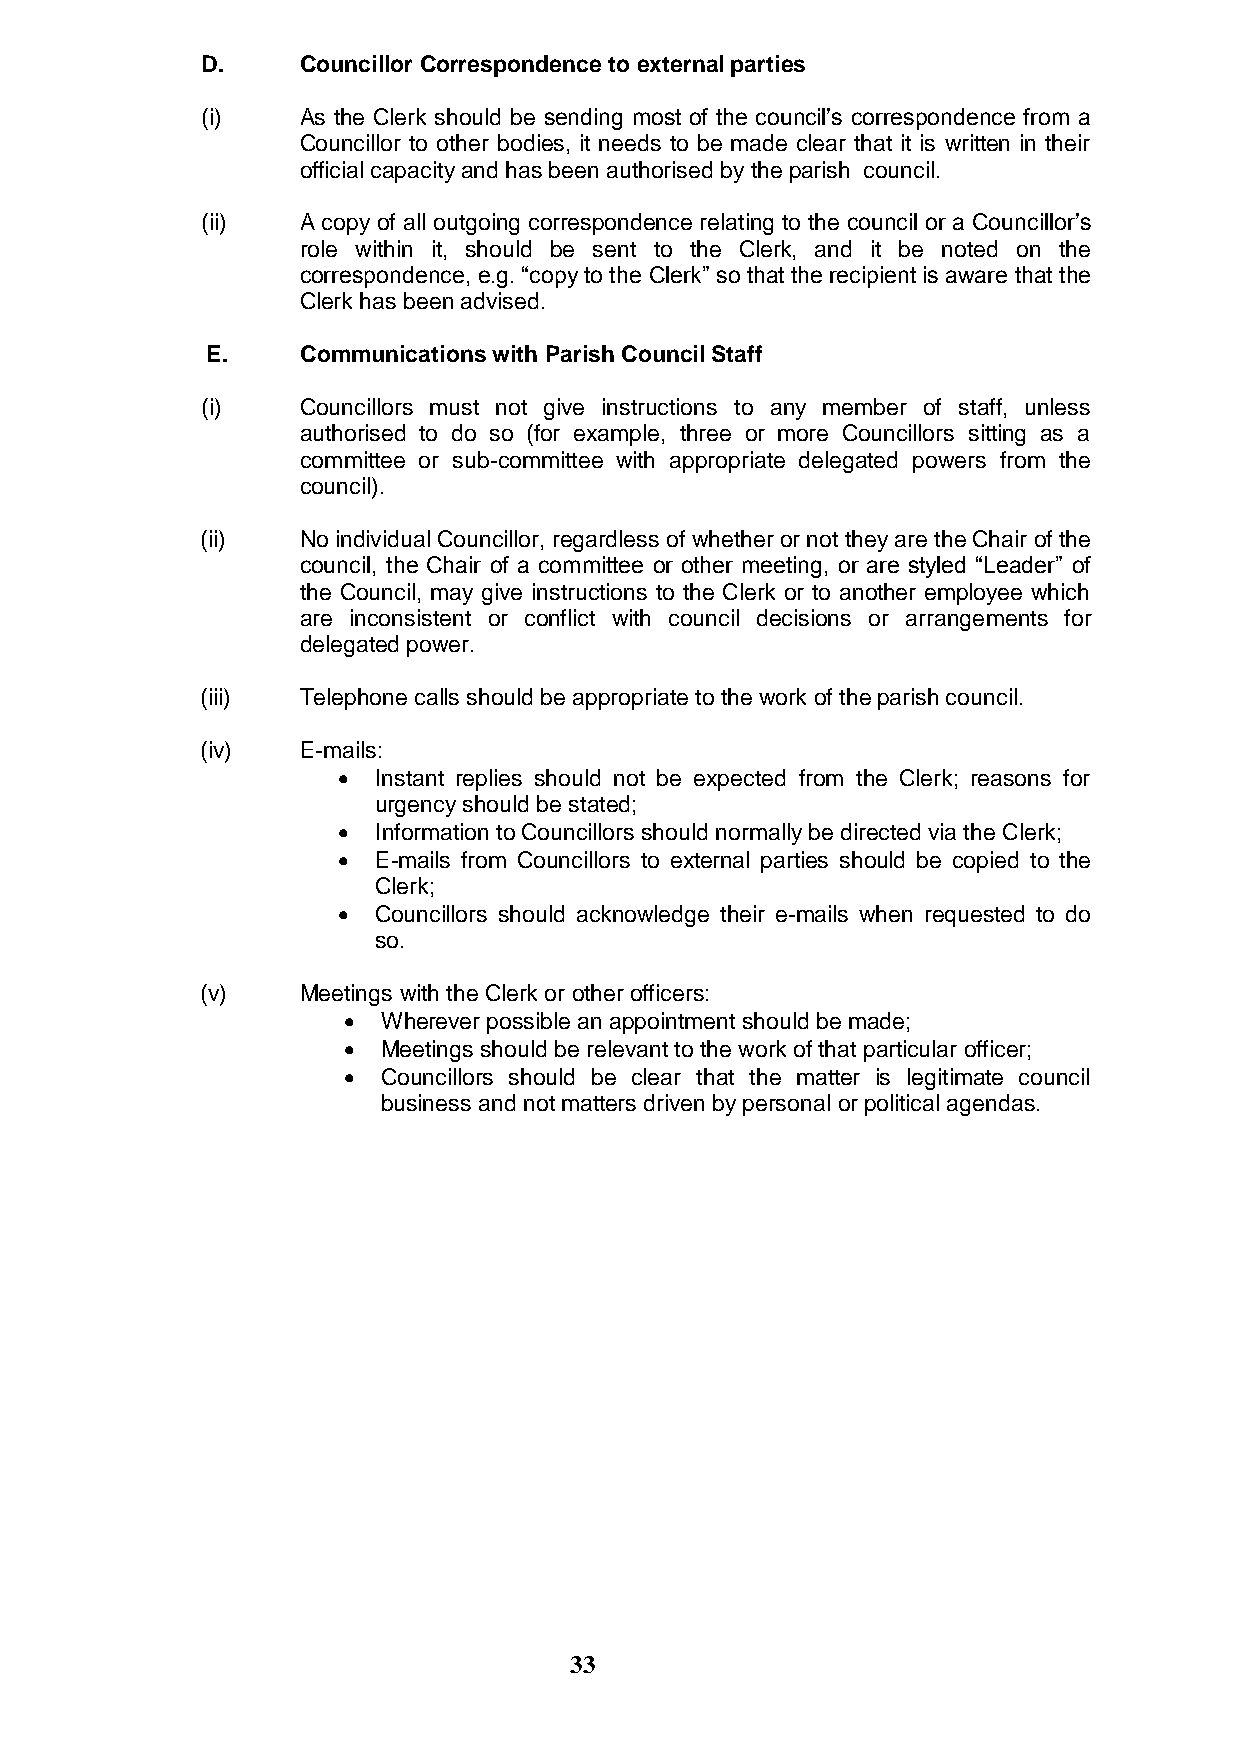
D.     Councillor Correspondence to external parties
 (i)    As the Clerk should be sending most of the council‟s correspondence from a
 Councillor to other bodies, it needs to be made clear that it is written in their
 official capacity and has been authorised by the parish council.
 (ii)   A copy of all outgoing correspondence relating to the council or a Councillor‟s
 role within it, should be sent to the Clerk, and it be noted on the
 correspondence, e.g. “copy to the Clerk” so that the recipient is aware that the
 Clerk has been advised.
 E.    Communications with Parish Council Staff
 (i)    Councillors must not give instructions to any member of staff, unless
 authorised to do so (for example, three or more Councillors sitting as a
 committee or sub-committee with appropriate delegated powers from the
 council).
 (ii)   No individual Councillor, regardless of whether or not they are the Chair of the
 council, the Chair of a committee or other meeting, or are styled “Leader” of
 the Council, may give instructions to the Clerk or to another employee which
 are inconsistent or conflict with council decisions or arrangements for
 delegated power.
 (iii)  Telephone calls should be appropriate to the work of the parish council.
 (iv)   E-mails:
   Instant replies should not be expected from the Clerk; reasons for
 urgency should be stated;
   Information to Councillors should normally be directed via the Clerk;
   E-mails from Councillors to external parties should be copied to the
 Clerk;
   Councillors should acknowledge their e-mails when requested to do
 so.
 (v)    Meetings with the Clerk or other officers:
  Wherever possible an appointment should be made;
  Meetings should be relevant to the work of that particular officer;
  Councillors should be clear that the matter is legitimate council
 business and not matters driven by personal or political agendas.
 33